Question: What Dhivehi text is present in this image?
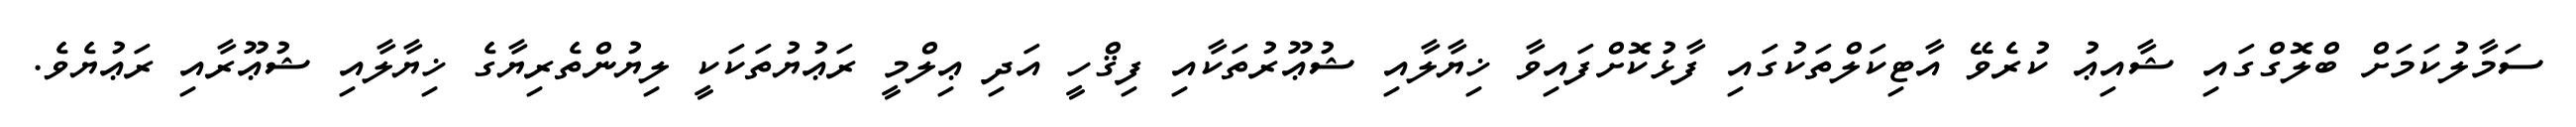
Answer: ސަމާލުކަމަށް ބްލޮގްގައި ޝާއިޢު ކުރެވޭ އާޓިކަލްތަކުގައި ފާޅުކޮށްފައިވާ ޚިޔާލާއި ޝުޢޫރުތަކާއި ފިޤްހީ އަދި ޢިލްމީ ރަޢުޔުތަކަކީ ލިޔުންތެރިޔާގެ ޚިޔާލާއި ޝުޢޫރާއި ރަޢުޔެވެ.